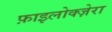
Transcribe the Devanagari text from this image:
फ़ाइलोक्ज़ेरा